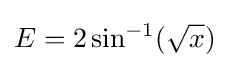
E=2\sin ^{-1}({\sqrt {x}})